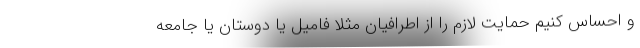
و احساس کنیم حمایت لازم را از اطرافیان مثلا فامیل یا دوستان یا جامعه